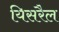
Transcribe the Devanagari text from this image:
यिसरैल